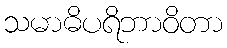
သမာဓိပရိဘာဝိတာ